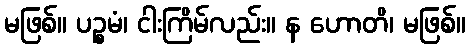
မဖြစ်။ ပဉ္စမံ၊ ငါးကြိမ်လည်း။ န ဟောတိ၊ မဖြစ်။